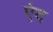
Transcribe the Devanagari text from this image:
एंद